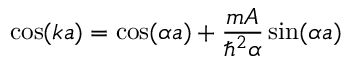
\cos ( k a ) = \cos ( \alpha a ) + { \frac { m A } { \hbar ^ { 2 } \alpha } } \sin ( \alpha a )